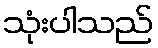
သုံးပါသည်